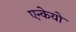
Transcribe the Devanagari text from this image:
एन्केयो